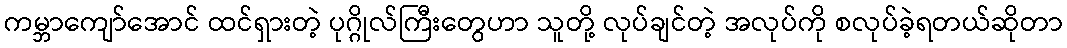
ကမ္ဘာကျော်အောင် ထင်ရှားတဲ့ ပုဂ္ဂိုလ်ကြီးတွေဟာ သူတို့ လုပ်ချင်တဲ့ အလုပ်ကို စလုပ်ခဲ့ရတယ်ဆိုတာ